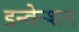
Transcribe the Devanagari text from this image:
इन्वेन्शन